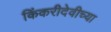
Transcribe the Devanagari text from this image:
किंकरीदेवीच्या